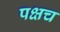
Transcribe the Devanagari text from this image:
पक्षच